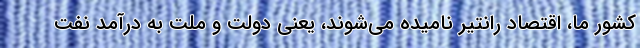
کشور ما، اقتصاد رانتیر نامیده می‌شوند، یعنی دولت و ملت به درآمد نفت